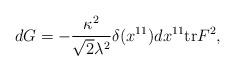
LaTeX: \begin{align*}d G = - {\kappa^2 \over \sqrt{2} \lambda^2} \delta (x^{11}) d x^{11} {\rm tr}F^2 ,\end{align*}